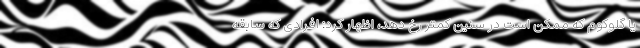
یا گلوکوم که ممکن است در سنین کمتر رخ ‌دهد، اظهار کرد: افرادی که سابقه